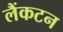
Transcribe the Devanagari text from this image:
लैंकटन